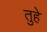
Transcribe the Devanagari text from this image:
तुहे